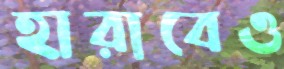
হারাবেও